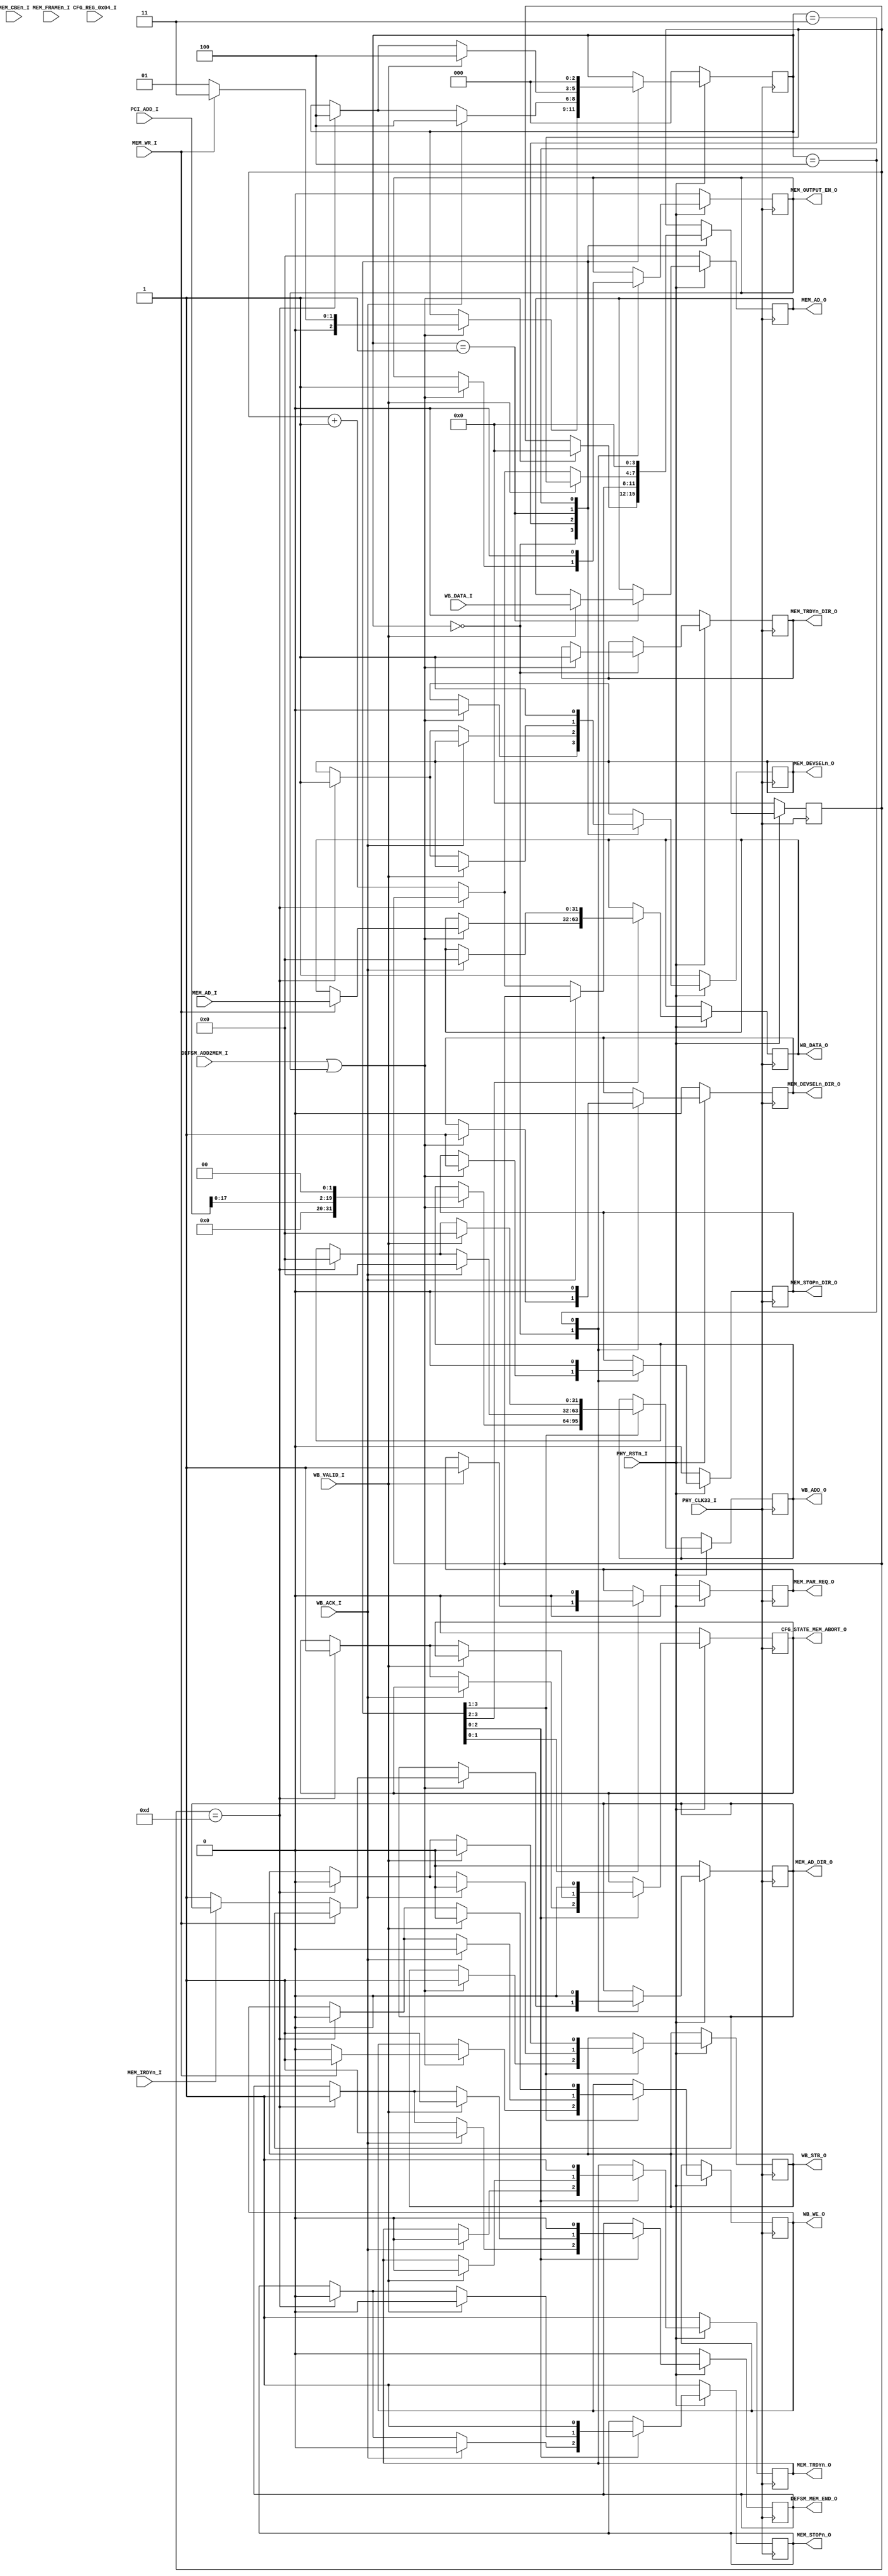
`timescale 1ns / 1ps
//////////////////////////////////////////////////////////////////////////////////
// Company: 
// 
// Design Name: 
// Module Name: PCI_DEFSM_MEM_MNG
// Project Name: 
// Target Devices: 
// Tool Versions: 
// Description: 
// 
// Dependencies: 
// 
// Revision:
// Revision 0.01 - File Created
// Additional Comments:
// 
//////////////////////////////////////////////////////////////////////////////////


module PCI_DEFSM_MEM_MNG(
	input PHY_CLK33_I,
	input PHY_RSTn_I,
	

	output reg DEFSM_MEM_END_O = 0,
	input      MEM_WR_I,
	input      DEFSM_ADD2MEM_I,
	output reg MEM_OUTPUT_EN_O = 0,
	
	input [23:2] PCI_ADD_I,
	
	input [31:0] CFG_REG_0x04_I,
	output reg CFG_STATE_MEM_ABORT_O = 0,
	
	output reg MEM_PAR_REQ_O = 0,
	
	input  MEM_FRAMEn_I,
	input  MEM_IRDYn_I,
	
	output reg   MEM_TRDYn_O = 1,
	output reg   MEM_TRDYn_DIR_O = 0,
	output reg   MEM_DEVSELn_O = 1,
	output reg   MEM_DEVSELn_DIR_O = 0,
	output reg   MEM_STOPn_O = 1 ,
	output reg   MEM_STOPn_DIR_O = 0,

	

	output reg  [31:0]  MEM_AD_O = 0,
	output reg          MEM_AD_DIR_O = 0,
	input [31:0]        MEM_AD_I,
	
	input [3:0]         MEM_CBEn_I,
	
	// MASTER WISHBONE SIGNALS
	
	output reg [31:0] WB_DATA_O = 0,
	input [31:0] WB_DATA_I,
		
	input WB_ACK_I,
	input WB_VALID_I,
	
	output reg [31:0] WB_ADD_O = 0,
	output reg WB_STB_O = 0,
	output reg WB_WE_O = 0
	
    );
	
	localparam WB_MAX_LAT          = 4'd13;
	
	localparam READY       = 0;
	localparam MEM_READ_1  = 1;
	localparam MEM_READ_2  = 2;
	localparam MEM_WRITE_1 = 3;
	localparam TERMINATE   = 4;
	
	reg [2:0] MEM_STATE = READY;
	reg [3:0] WISHBONE_WAIT = 0;

	always @(posedge PHY_CLK33_I)
		if (PHY_RSTn_I == 0)
			begin

				MEM_TRDYn_O = 1;
				MEM_TRDYn_DIR_O = 0;
				MEM_DEVSELn_O = 1;
				MEM_DEVSELn_DIR_O = 0;
				MEM_STOPn_O = 1;
				MEM_STOPn_DIR_O = 0;
				
				MEM_AD_O = 0;
				MEM_AD_DIR_O = 0;

				DEFSM_MEM_END_O = 0;
				MEM_OUTPUT_EN_O = 0;
				
				CFG_STATE_MEM_ABORT_O = 0;
				
				MEM_PAR_REQ_O = 0;	
				MEM_STATE = READY;	

				WISHBONE_WAIT = 0;				
			end
		else
			begin
				case (MEM_STATE)
					READY :
						begin
							if (DEFSM_ADD2MEM_I == 1 || MEM_OUTPUT_EN_O == 1)
								begin
									MEM_OUTPUT_EN_O = 1;
									MEM_DEVSELn_O = 0;
									MEM_TRDYn_DIR_O = 1;
									MEM_DEVSELn_DIR_O = 1;
									MEM_STOPn_DIR_O = 1;
									
									if (MEM_WR_I == 0) //read cycle
										begin
											if (MEM_IRDYn_I == 0)
												MEM_AD_DIR_O = 1; //bus turn around
												WB_ADD_O [19:2] = PCI_ADD_I[19:2];
												WB_ADD_O[1:0] = 0;
												WB_ADD_O[31:20] = 0;
												
												WB_STB_O = 1;
												WB_WE_O = 0;
												MEM_STATE = MEM_READ_1;
												WISHBONE_WAIT = 0;
										
										
										end
									else	//WRITE CYCLE
										begin
												WB_ADD_O [19:2] = PCI_ADD_I[19:2];
												WB_ADD_O[1:0] = 0;
												WB_ADD_O[31:20] = 0;
												WB_DATA_O = MEM_AD_I;
												WB_STB_O = 1;
												WB_WE_O = 1;
												
												WISHBONE_WAIT = 0;
												MEM_STATE = MEM_WRITE_1;
										end
								end
						end
					MEM_WRITE_1 :
						begin
							if(WB_ACK_I == 1)
								begin
									WB_ADD_O = 0;
									WB_STB_O = 0;
									WB_WE_O = 0;
									WB_DATA_O = 0;
									
									MEM_TRDYn_O = 0;
									MEM_STOPn_O = 0;
									
									DEFSM_MEM_END_O = 1;
									
									MEM_STATE = TERMINATE;
								end
							else if (WISHBONE_WAIT == WB_MAX_LAT)
								begin
									WB_ADD_O = 0;
									WB_STB_O = 0;
									WB_WE_O  = 0;
									
									MEM_DEVSELn_O = 1;
									MEM_STOPn_O = 0;
									
									CFG_STATE_MEM_ABORT_O = 1;
									DEFSM_MEM_END_O = 1;
									MEM_STATE = TERMINATE;
								end
							else 
									WISHBONE_WAIT = WISHBONE_WAIT + 1;
						end
					MEM_READ_1 :
						begin
							if (WB_VALID_I == 1)
								begin
									WB_ADD_O = 0; 
									WB_STB_O = 0;
									WB_WE_O  = 0;
									MEM_TRDYn_O = 0;
									MEM_STOPn_O = 0;
									MEM_AD_O = WB_DATA_I;
									MEM_PAR_REQ_O = 1;
									DEFSM_MEM_END_O = 1;
									MEM_STATE = TERMINATE;
									
								end
							else if(WISHBONE_WAIT == WB_MAX_LAT) //TARGET ABORT
								begin
									WB_ADD_O = 0;
									WB_STB_O = 0;
									WB_WE_O  = 0;
									
									MEM_DEVSELn_O = 1;
									MEM_STOPn_O = 0;
									
									CFG_STATE_MEM_ABORT_O = 1;
									DEFSM_MEM_END_O = 1;
									MEM_STATE = TERMINATE;
								
								end
							else
								WISHBONE_WAIT = WISHBONE_WAIT + 1;
						end

					TERMINATE :
						begin
							WISHBONE_WAIT = 0;
							MEM_OUTPUT_EN_O = 0;
							CFG_STATE_MEM_ABORT_O = 0;
							MEM_STATE = READY;
							MEM_DEVSELn_O = 1;
							MEM_DEVSELn_DIR_O = 0;
							MEM_TRDYn_O = 1;
							MEM_AD_DIR_O = 0;
							MEM_STOPn_O = 1;
							MEM_STOPn_DIR_O = 0;
							MEM_PAR_REQ_O = 0;
							DEFSM_MEM_END_O = 0;
						end

				endcase			
			end
endmodule